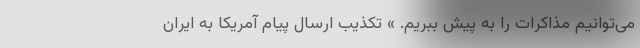
می‌توانیم مذاکرات را به پیش ببریم. » تکذیب ارسال پیام آمریکا به ایران